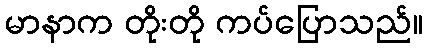
မာနာက တိုးတို ကပ်ပြောသည်။